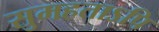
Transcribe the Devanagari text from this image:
सुमहताऽपि